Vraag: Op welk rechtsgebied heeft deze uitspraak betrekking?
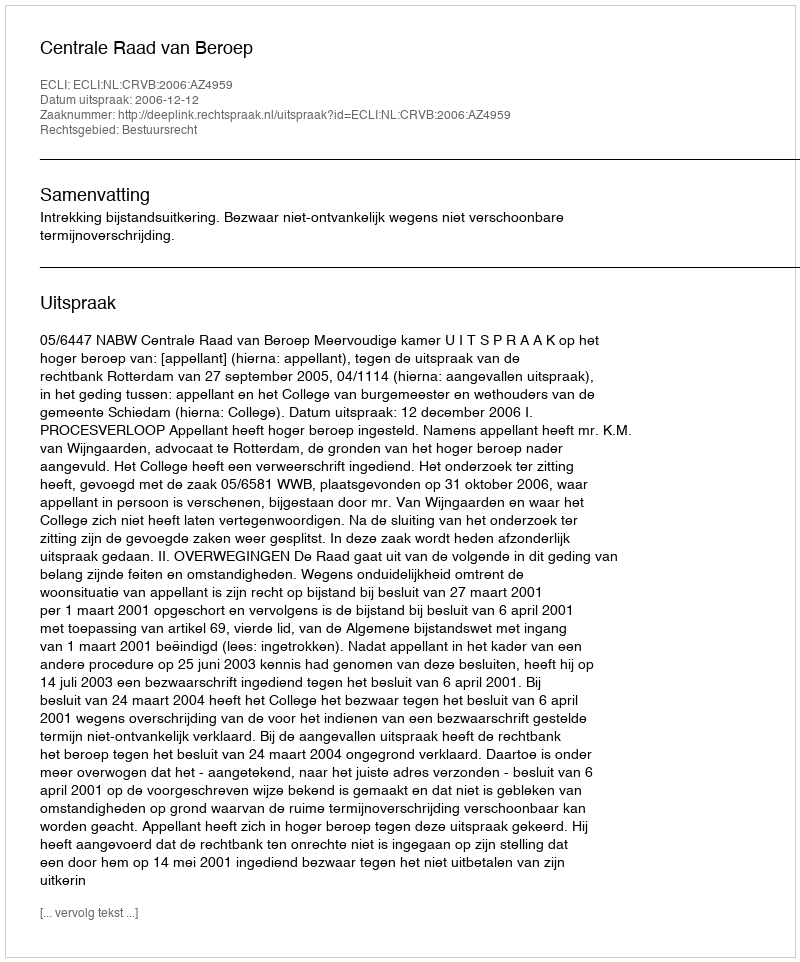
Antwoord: Bestuursrecht